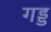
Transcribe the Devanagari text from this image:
गड्ड